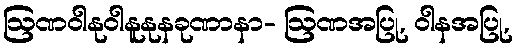
ဩဏဝါနုဝါနူနုနခုဏာနာ- ဩဏအပြု, ဝါနအပြု,